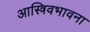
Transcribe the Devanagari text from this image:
आस्त्रिवभावना